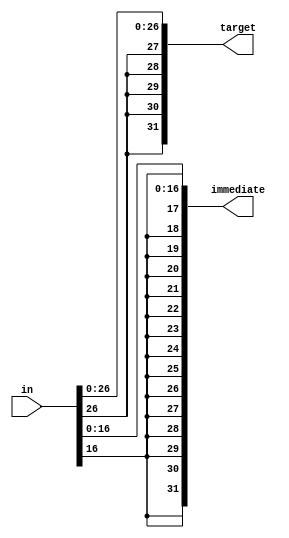
module sx_32(target, immediate, in);
    input [31:0] in;

    output [31:0] immediate, target;

    wire [31:0] sx_target, sx_immediate;
    
    genvar i;

    generate
	for (i = 31; i > 26; i = i - 1) begin
	    assign sx_target[i] = in[26];	
	end

	for (i = 31; i > 16; i = i - 1) begin
	   assign sx_immediate[i] = in[16]; 
	end
    endgenerate

    assign sx_target[26:0] = in[26:0];
    assign sx_immediate[16:0] = in[16:0];

    assign target = sx_target; 
    assign immediate = sx_immediate; 
endmodule